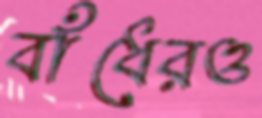
বাঁধেরও